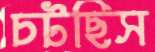
চটছিস